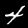
Label: 4